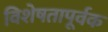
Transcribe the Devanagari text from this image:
विशेषतापूर्वक